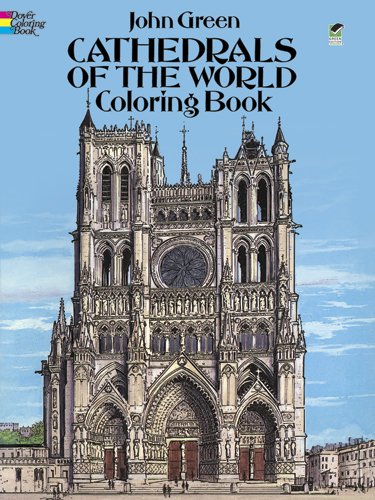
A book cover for Cathedrals of the World Coloring Book (Dover Coloring Books); John Green; Children's Books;